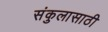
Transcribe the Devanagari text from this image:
संकुलासाठी